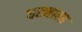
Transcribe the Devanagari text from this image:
धरनाला